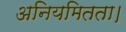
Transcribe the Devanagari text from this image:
अनियमितता।